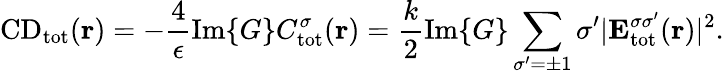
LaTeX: \mathrm{CD}_{\mathrm{{tot}}}({\mathbf r})=-\frac{4}{\epsilon}\mathrm{Im}\{ G\} C_{\mathrm{{tot}}}^{\sigma}({\mathbf r})=\frac{k}{2}\mathrm{Im}\{ G\} \sum_{\sigma^{\prime}=\pm 1}\sigma^{\prime}|{\mathbf E}_{\mathrm{tot}}^{\sigma\sigma^{\prime}}({\mathbf r})|^{2}.